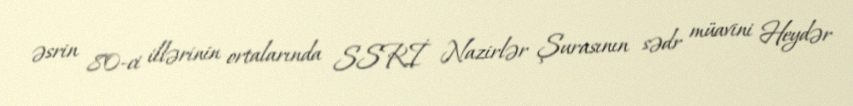
əsrin 80-ci illərinin ortalarında SSRİ Nazirlər Şurasının sədr müavini Heydər